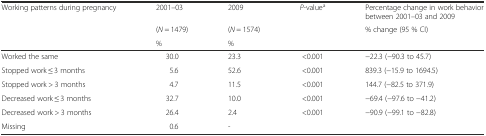
<table><thead><tr><td rowspan="3"><b>Working patterns during pregnancy</b></td><td><b>2001–03</b></td><td><b>2009</b></td><td><b><i>P</i>-value<sup>a</sup></b></td><td><b>Percentage change in work behavior between 2001–03 and 2009</b></td></tr><tr><td><b>(<i>N</i> = 1479)</b></td><td><b>(<i>N</i> = 1574)</b></td><td></td><td><b>% change (95 % CI)</b></td></tr><tr><td><b>%</b></td><td><b>%</b></td><td></td><td></td></tr></thead><tbody><tr><td>Worked the same</td><td>30.0</td><td>23.3</td><td>&lt;0.001</td><td>−22.3 (−90.3 to 45.7)</td></tr><tr><td>Stopped work ≤ 3 months</td><td>5.6</td><td>52.6</td><td>&lt;0.001</td><td>839.3 (−15.9 to 1694.5)</td></tr><tr><td>Stopped work &gt; 3 months</td><td>4.7</td><td>11.5</td><td>&lt;0.001</td><td>144.7 (−82.5 to 371.9)</td></tr><tr><td>Decreased work ≤ 3 months</td><td>32.7</td><td>10.0</td><td>&lt;0.001</td><td>−69.4 (−97.6 to −41.2)</td></tr><tr><td>Decreased work &gt; 3 months</td><td>26.4</td><td>2.4</td><td>&lt;0.001</td><td>−90.9 (−99.1 to −82.8)</td></tr><tr><td>Missing</td><td>0.6</td><td>-</td><td></td><td></td></tr></tbody></table>